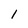
Character: l